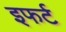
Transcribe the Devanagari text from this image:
इफर्ट